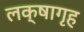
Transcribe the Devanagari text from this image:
लक्षागृह